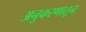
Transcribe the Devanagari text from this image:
अनुकरणातून